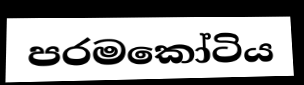
පරමකෝටිය